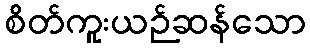
စိတ်ကူးယဉ်ဆန်သော